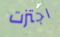
اجتزت